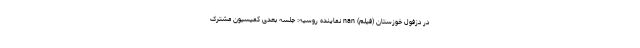
در دزفول خوزستان (فیلم) nan نماینده روسیه: جلسه بعدی کمیسیون مشترک